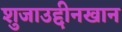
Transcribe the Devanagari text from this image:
शुजाउद्दीनखान